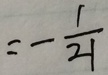
= - \frac { 1 } { 2 1 }